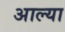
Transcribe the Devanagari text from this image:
अाल्या